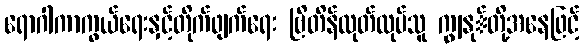
ရောဂါကာကွယ်ရေးနှင့်တိုက်ဖျက်ရေး ဗြိတိန်ထုတ်လုပ်သူ ကျွနု်တို့အနေဖြင့်